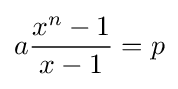
a{\frac {x^{n}-1}{x-1}}=p